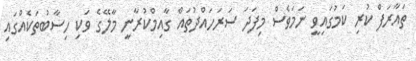
ތައާރަފް ކުރި ކަމުގައިވީ ނަމަވެސް މިފަދަ ސަރަހައްދުތައް ގާއިމްކުރާނީ މާލޭގެ ވަކި ހިސާބުތަކެއްގައި